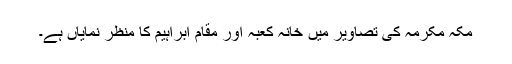
مکہ مکرمہ کی تصاویر میں خانہ کعبہ اور مقام ابراہیم کا منظر نمایاں ہے۔